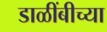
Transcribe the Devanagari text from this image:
डाळींबीच्या